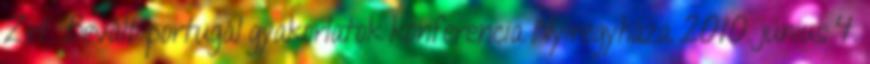
Zrt. Bevált portugál gyakorlatok konferencia Nyíregyháza 2010. június 4.